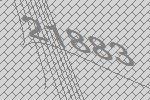
21883